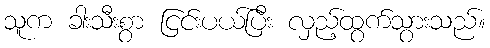
သူက ခါးသီးစွာ ငြင်းပယ်ပြီး လှည့်ထွက်သွားသည်။